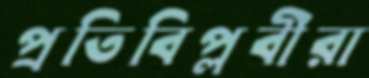
প্রতিবিপ্লবীরা